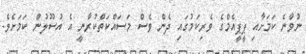
ނުވާނެ ކަމަށާއި ޕީޕީއެމްގެ ވެރިކަމުގައި ދެން ވެސް މަސައްކަތްކުރާނީ އެ އުސޫލުން ކަމަށެވެ.